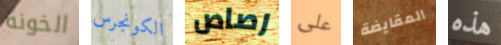
الخونة الكونجرس رصاص على المقايضة هذه